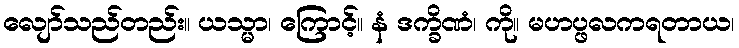
လျော်သည်တည်း။ ယသ္မာ၊ ကြောင့်။ နံ ဒက္ခိဏံ၊ ကို။ မဟပ္ဖလကရတာယ၊